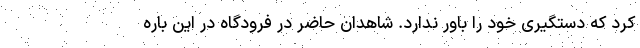
کرد که دستگیری خود را باور ندارد. شاهدان حاضر در فرودگاه در این باره